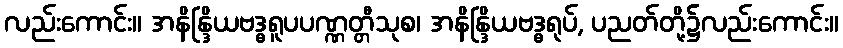
လည်းကောင်း။ အနိန္ဒြိယဗဒ္ဓရူပပဏ္ဏတ္တီသုစ၊ အနိန္ဒြိယဗဒ္ဓရုပ်, ပညတ်တို့၌လည်းကောင်း။